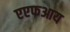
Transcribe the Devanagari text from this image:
एएफआय